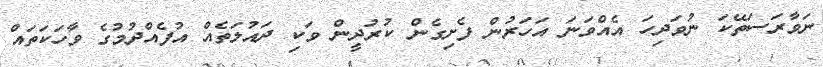
ނަވާރަސަތޭކަ ނުވަދިހަ އެއްވަނަ އަހަރުން ފެށިގެން ކުރުދީން ވަކި ދައުލަތެއް އުފެއްދުމުގެ ވާހަކަތައް